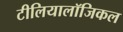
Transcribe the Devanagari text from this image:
टीलियालॉजिकल